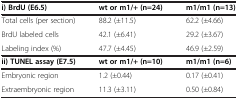
<table><thead><tr><td colspan="3"><b> </b></td></tr></thead><tbody><tr><td><b>i) BrdU (E6.5)</b></td><td><b>wt or m1/+ (n=24)</b></td><td><b>m1/m1 (n=13)</b></td></tr><tr><td>Total cells (per section)</td><td>88.2 (±11.5)</td><td>62.2 (±4.66)</td></tr><tr><td>BrdU labeled cells</td><td>42.1 (±6.41)</td><td>29.2 (±3.67)</td></tr><tr><td>Labeling index (%)</td><td>47.7 (±4.45)</td><td>46.9 (±2.59)</td></tr><tr><td><b>ii) TUNEL assay (E7.5)</b></td><td><b>wt or m1/+ (n=10)</b></td><td><b>m1/m1 (n=6)</b></td></tr><tr><td>Embryonic region</td><td>1.2 (±0.44)</td><td>0.17 (±0.41)</td></tr><tr><td>Extraembryonic region</td><td>11.3 (±3.11)</td><td>0.50 (±0.84)</td></tr></tbody></table>